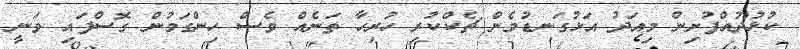
ކުޅުދުއްފުށިން މިއަދު އަޅުގަނޑުމެން ޗެކްކުރި ހުރިހާ ތަނެއް ވެސް ހިންގަމުން ގޮސްފައި ވަނީ